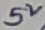
Text: 5K